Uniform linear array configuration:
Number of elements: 4
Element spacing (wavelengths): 0.75
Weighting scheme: blackman
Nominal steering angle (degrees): -30
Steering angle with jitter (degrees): -28.479
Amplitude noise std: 0.05
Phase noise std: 0.05

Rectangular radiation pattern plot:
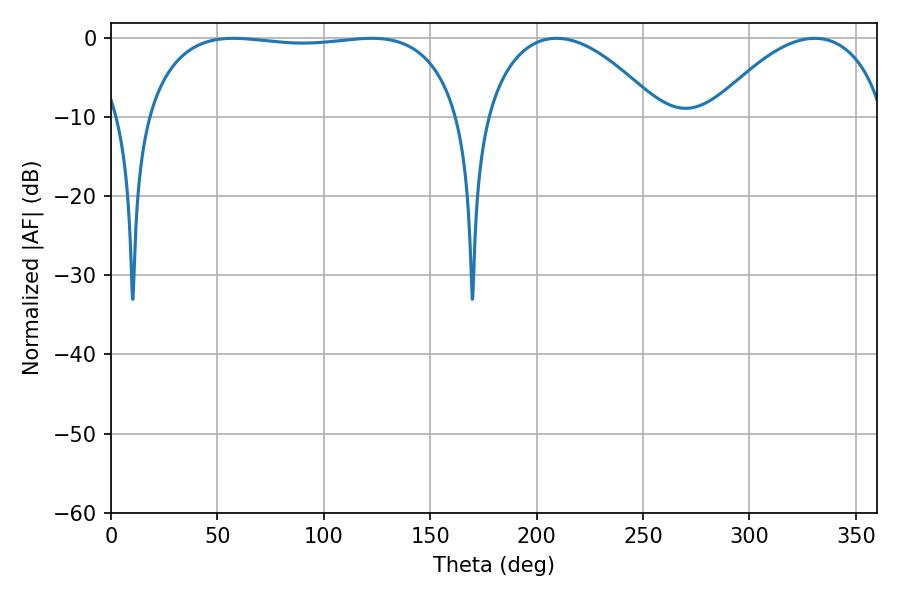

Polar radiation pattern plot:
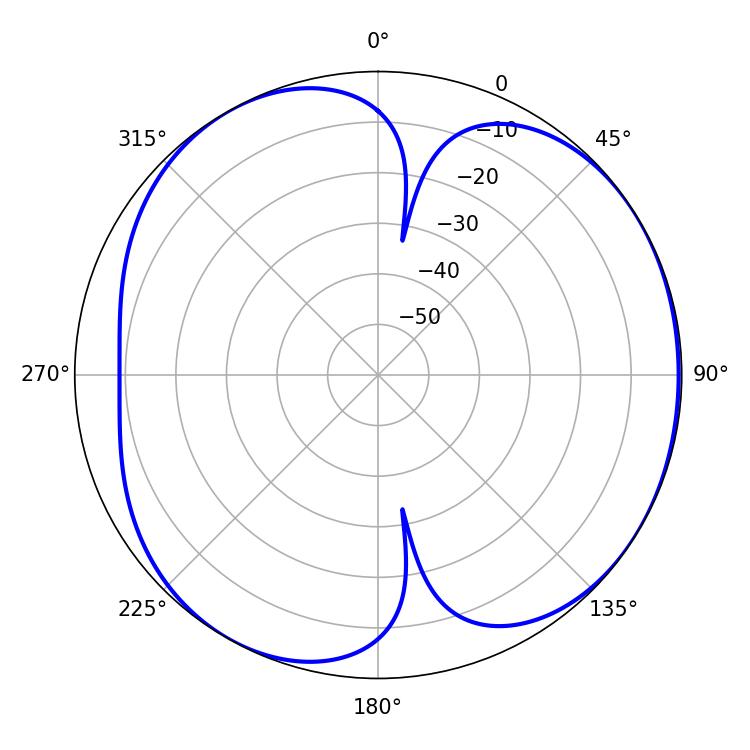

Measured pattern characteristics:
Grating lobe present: TRUE
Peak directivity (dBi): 4.848
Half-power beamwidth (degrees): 46.26
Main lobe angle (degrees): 209.34